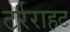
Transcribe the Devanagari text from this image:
टर्रराहट